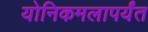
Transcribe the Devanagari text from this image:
योनिकमलापर्यंत